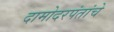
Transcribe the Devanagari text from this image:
दामोदरपंतांचे